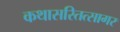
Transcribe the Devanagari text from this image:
कथासरितत्सागर